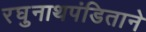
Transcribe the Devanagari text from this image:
रघुनाथपंडिताने